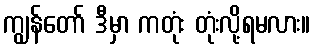
ကျွန်တော် ဒီမှာ ကတုံး တုံးလို့ရမလား။